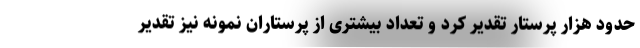
حدود هزار پرستار تقدیر کرد و تعداد بیشتری از پرستاران نمونه نیز تقدیر